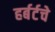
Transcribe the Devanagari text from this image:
हर्बर्टचे